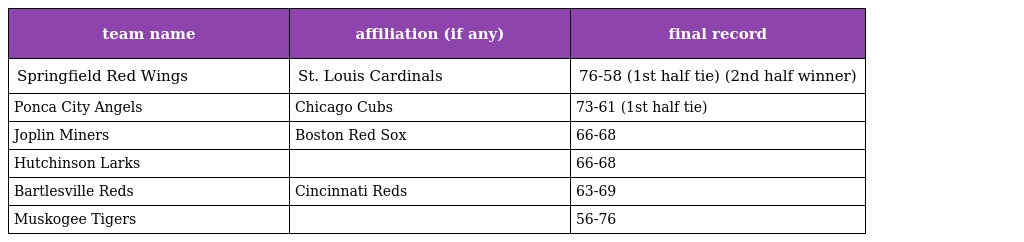
| team name | affiliation (if any) | final record |
 | --- | --- | --- |
 | Springfield Red Wings | St. Louis Cardinals | 76-58 (1st half tie) (2nd half winner) |
 | Ponca City Angels | Chicago Cubs | 73-61 (1st half tie) |
 | Joplin Miners | Boston Red Sox | 66-68 |
 | Hutchinson Larks |  | 66-68 |
 | Bartlesville Reds | Cincinnati Reds | 63-69 |
 | Muskogee Tigers |  | 56-76 |